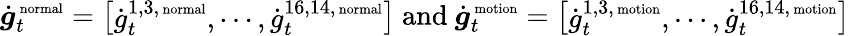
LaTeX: \dot{\boldsymbol g}_{t}^{\mathrm{\scriptsize~normal}}=\left[\begin{array}{l}{\dot{g}_{t}^{1,3,\mathrm{\scriptsize~normal}},\cdots,\dot{g}_{t}^{16,14,\mathrm{\scriptsize~normal}}}\end{array}\right]\mathrm{~and~}\dot{\boldsymbol g}_{t}^{\mathrm{\scriptsize~motion}}=\left[\begin{array}{l}{\dot{g}_{t}^{1,3,\mathrm{\scriptsize~motion}},\cdots,\dot{g}_{t}^{16,14,\mathrm{\scriptsize~motion}}}\end{array}\right]